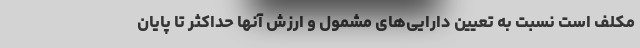
مکلف است نسبت به تعیین دارایی‌های مشمول و ارزش آنها حداکثر تا پایان